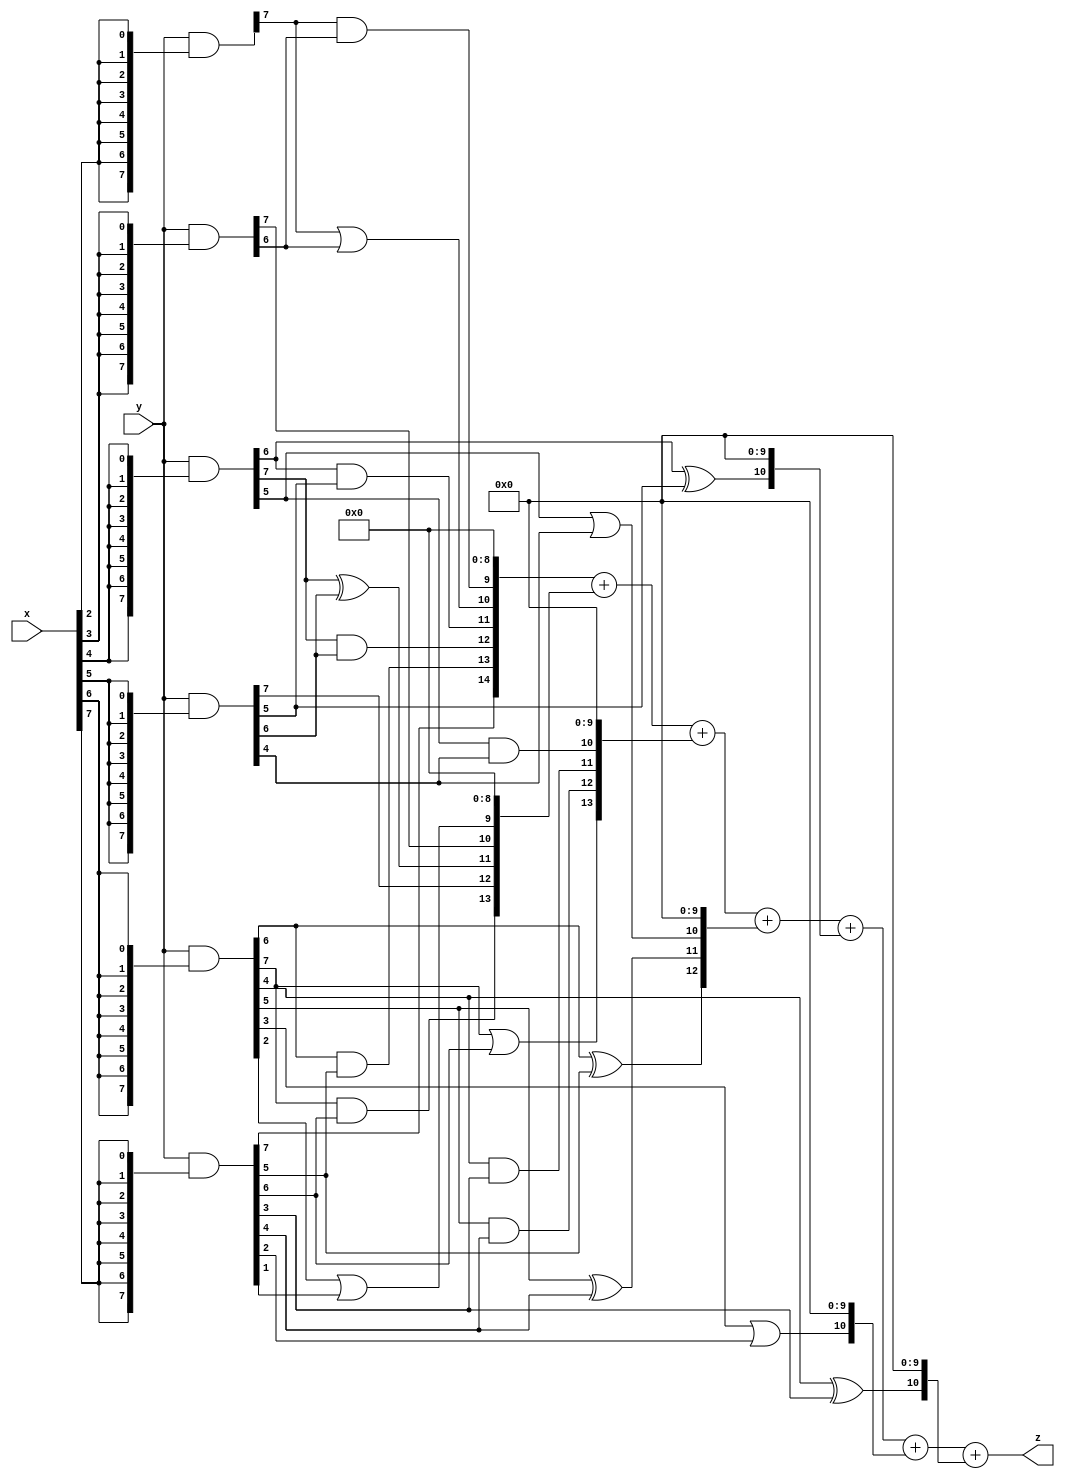
// terms: 21
// fval:  822814.25

module unsigned_8x8_l8_lamb30000_4 (
	input [7:0] x,
	input [7:0] y,
	output [15:0] z
);


wire [7:0] part1 =  y & {8{x[0]}};
wire [7:0] part2 =  y & {8{x[1]}};
wire [7:0] part3 =  y & {8{x[2]}};
wire [7:0] part4 =  y & {8{x[3]}};
wire [7:0] part5 =  y & {8{x[4]}};
wire [7:0] part6 =  y & {8{x[5]}};
wire [7:0] part7 =  y & {8{x[6]}};
wire [7:0] part8 =  y & {8{x[7]}};

wire [14:0] new_part1;
assign new_part1[0] = 0;
assign new_part1[1] = 0;
assign new_part1[2] = 0;
assign new_part1[3] = 0;
assign new_part1[4] = 0;
assign new_part1[5] = 0;
assign new_part1[6] = 0;
assign new_part1[7] = 0;
assign new_part1[8] = 0;
assign new_part1[9] = part3[7] & part4[6];
assign new_part1[10] = part3[7] | part4[6];
assign new_part1[11] = part5[6] & part6[5];
assign new_part1[12] = part5[7] & part6[6];
assign new_part1[13] = part7[6] & part8[5];
assign new_part1[14] = part8[7];

wire [13:0] new_part2;
assign new_part2[0] = 0;
assign new_part2[1] = 0;
assign new_part2[2] = 0;
assign new_part2[3] = 0;
assign new_part2[4] = 0;
assign new_part2[5] = 0;
assign new_part2[6] = 0;
assign new_part2[7] = 0;
assign new_part2[8] = 0;
assign new_part2[9] = part7[2] | part8[1];
assign new_part2[10] = part4[7];
assign new_part2[11] = part5[7] ^ part6[6];
assign new_part2[12] = part6[7];
assign new_part2[13] = part7[7] & part8[6];

wire [13:0] new_part3;
assign new_part3[0] = 0;
assign new_part3[1] = 0;
assign new_part3[2] = 0;
assign new_part3[3] = 0;
assign new_part3[4] = 0;
assign new_part3[5] = 0;
assign new_part3[6] = 0;
assign new_part3[7] = 0;
assign new_part3[8] = 0;
assign new_part3[9] = 0;
assign new_part3[10] = part5[5] & part6[4];
assign new_part3[11] = part7[4] & part8[3];
assign new_part3[12] = part7[5] & part8[4];
assign new_part3[13] = part7[7] | part8[6];

wire [12:0] new_part4;
assign new_part4[0] = 0;
assign new_part4[1] = 0;
assign new_part4[2] = 0;
assign new_part4[3] = 0;
assign new_part4[4] = 0;
assign new_part4[5] = 0;
assign new_part4[6] = 0;
assign new_part4[7] = 0;
assign new_part4[8] = 0;
assign new_part4[9] = 0;
assign new_part4[10] = part5[5] | part6[4];
assign new_part4[11] = part7[5] ^ part8[4];
assign new_part4[12] = part7[6] ^ part8[5];

wire [10:0] new_part5;
assign new_part5[0] = 0;
assign new_part5[1] = 0;
assign new_part5[2] = 0;
assign new_part5[3] = 0;
assign new_part5[4] = 0;
assign new_part5[5] = 0;
assign new_part5[6] = 0;
assign new_part5[7] = 0;
assign new_part5[8] = 0;
assign new_part5[9] = 0;
assign new_part5[10] = part5[6] ^ part6[5];

wire [10:0] new_part6;
assign new_part6[0] = 0;
assign new_part6[1] = 0;
assign new_part6[2] = 0;
assign new_part6[3] = 0;
assign new_part6[4] = 0;
assign new_part6[5] = 0;
assign new_part6[6] = 0;
assign new_part6[7] = 0;
assign new_part6[8] = 0;
assign new_part6[9] = 0;
assign new_part6[10] = part7[3] | part8[2];

wire [10:0] new_part7;
assign new_part7[0] = 0;
assign new_part7[1] = 0;
assign new_part7[2] = 0;
assign new_part7[3] = 0;
assign new_part7[4] = 0;
assign new_part7[5] = 0;
assign new_part7[6] = 0;
assign new_part7[7] = 0;
assign new_part7[8] = 0;
assign new_part7[9] = 0;
assign new_part7[10] = part7[4] ^ part8[3];

assign z = new_part1 + new_part2 + new_part3 + new_part4 + new_part5 + new_part6 + new_part7;
endmodule